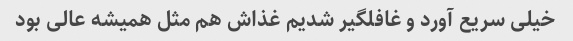
خیلی سریع آورد و غافلگیر شدیم غذاش هم مثل همیشه عالی بود